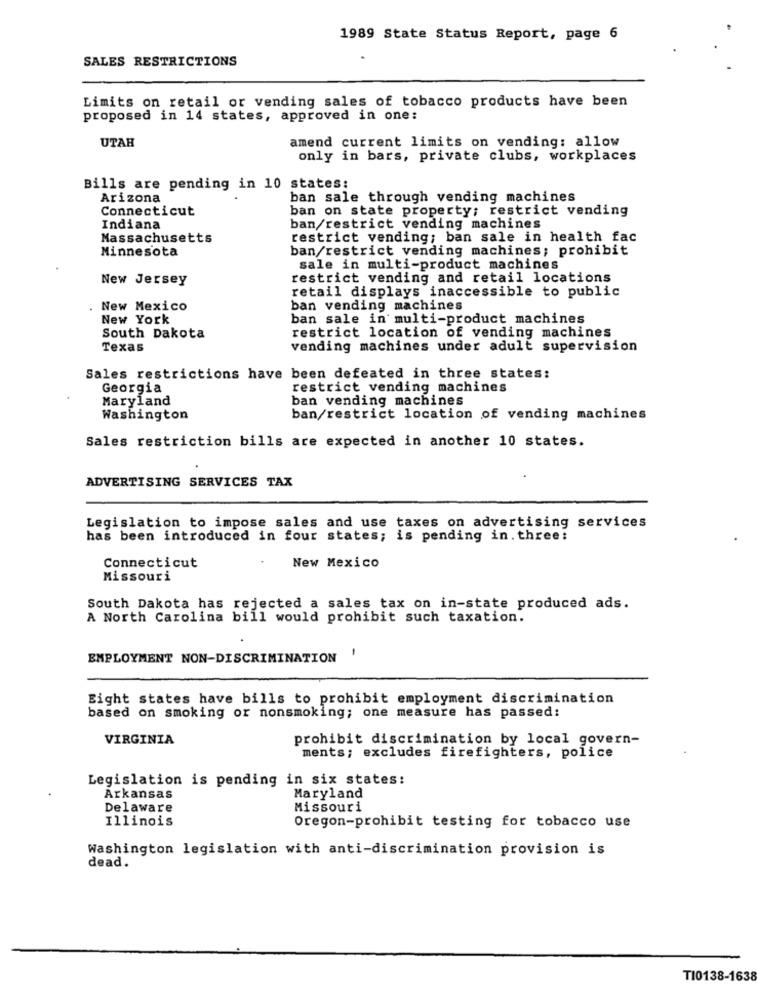
1989 State Status Report, page 6
SALES RESTRICTIONS
Limits on retail or vending sales of tobacco products have been
proposed in 14 states, approved in one:
UTAH
amend current limits on vending: allow
only in bars, private clubs, workplaces
Bills are pending in 10 states:
Arizona
ban sale through vending machines
Connecticut
ban on state property; restrict vending
Indiana
ban/restrict vending machines
Massachusetts
restrict vending; ban sale in health fac
Minnesota
ban/restrict vending machines; prohibit
sale in multi-product machines
New Jersey
restrict vending and retail locations
retail displays inaccessible to public
. New Mexico
ban vending machines
New York
ban sale in multi-product machines
restrict location of vending machines
South Dakota
Texas
vending machines under adult supervision
Sales restrictions have been defeated in three states:
Georgia
restrict vending machines
Maryland
ban vending machines
Washington
ban/restrict location of vending machines
Sales restriction bills are expected in another 10 states.
ADVERTISING SERVICES TAX
Legislation to impose sales and use taxes on advertising services
has been introduced in four states; is pending in. three:
New Mexico
Connecticut
Missouri
South Dakota has rejected a sales tax on in-state produced ads.
A North Carolina bill would prohibit such taxation.
EMPLOYMENT NON-DISCRIMINATION
1
Eight states have bills to prohibit employment discrimination
based on smoking or nonsmoking; one measure has passed:
VIRGINIA
prohibit discrimination by local govern-
ments; excludes firefighters, police
Legislation is pending in six states:
Maryland
Arkansas
Delaware
Missouri
Illinois
Oregon-prohibit testing for tobacco use
Washington legislation with anti-discrimination provision is
dead.
TI0138-1638